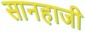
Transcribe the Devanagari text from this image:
सानहाजी